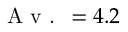
\textrm { A v . } = 4 . 2